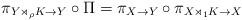
LaTeX: \begin{align*}{\pi_{Y \rtimes_\rho K \to Y}} \circ \Pi = \pi_{X \to Y} \circ {\pi_{X \rtimes_1 K \to X}} \end{align*}